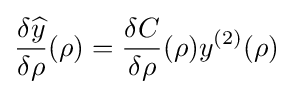
{\frac {\delta {\widehat {y}}}{\delta \rho }}(\rho )={\frac {\delta C}{\delta \rho }}(\rho )y^{(2)}(\rho )